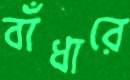
বাঁধারে